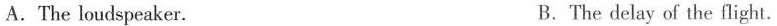
A.The loudspeaker. B.The delay of the flight.